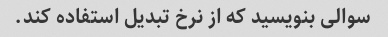
سوالی بنویسید که از نرخ تبدیل استفاده کند.